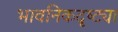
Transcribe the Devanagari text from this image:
भावनिकदृष्‍ट्या